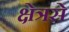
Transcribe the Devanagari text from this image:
क्षेत्रसे